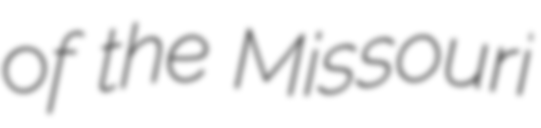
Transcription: of the Missouri